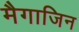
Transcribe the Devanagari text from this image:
मैगाजिन